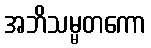
အဘိသမ္မတကော